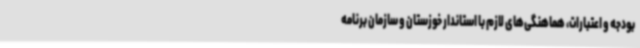
بودجه و اعتبارات، هماهنگی‌های لازم با استاندار خوزستان و سازمان برنامه